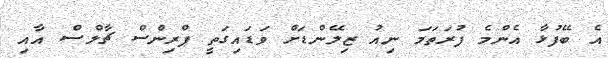
އެ ބޭފުޅާ އެންމެ ފުރަތަމަ ނިއު ޒިލޭންޑަށް ވަޑައިގަތީ ޕްރިންސް ޗާލްސް އާއި